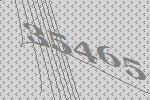
35465